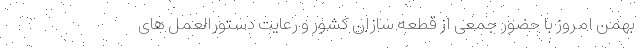
بهمن امروز با حضور جمعی از قطعه سازان کشور و رعایت دستورالعمل های